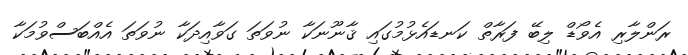
ރަންލާރި އެވޯޑް ލިބޭ ފަރާތް ކަނޑައެޅުމުގައި ޤާނޫނަކާ ނުވަތަ ގަވާއިދަކާ ނުވަތަ އެއްބަސްވުމަކާ